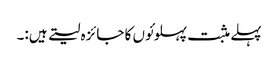
پہلے مثبت پہلوئوں کا جائزہ لیتے ہیں:۔